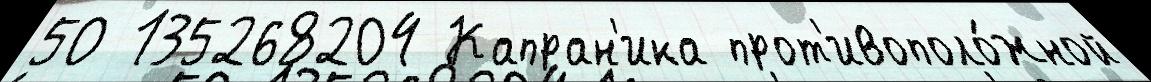
50 135268204 Капран'ика прот'ивополо́жной